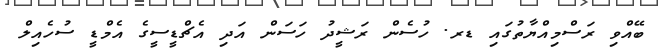
ބޭއްވި ރަސްމިއްޔާތުގައި ޑރ. ހުސެން ރަޝީދު ހަސަން އަދި އެޗްޑީސީގެ އެމްޑީ ސުހެއިލް